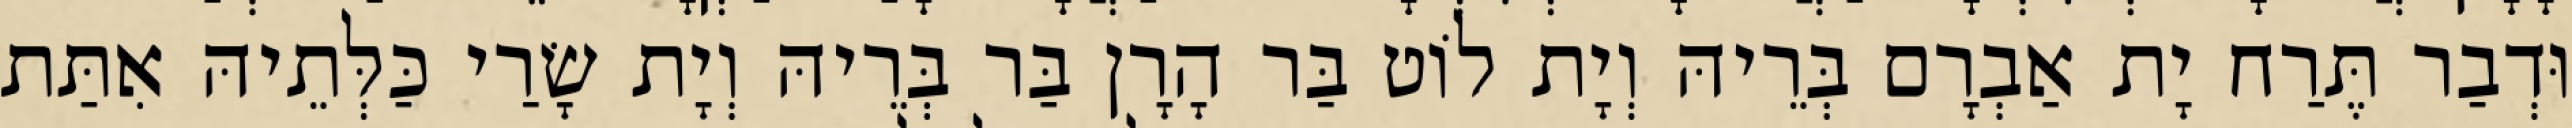
וּדְבַר תֶּרַח יָת אַבְרָם בְּרֵיהּ וְיָת לוֹט בַּר הָרָן בַּר בְּרֵיהּ וְיָת שָׂרַי כַּלְּתֵיהּ אִתַּת